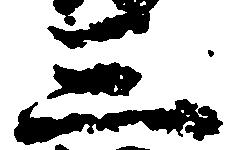
三